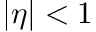
| \eta | < 1